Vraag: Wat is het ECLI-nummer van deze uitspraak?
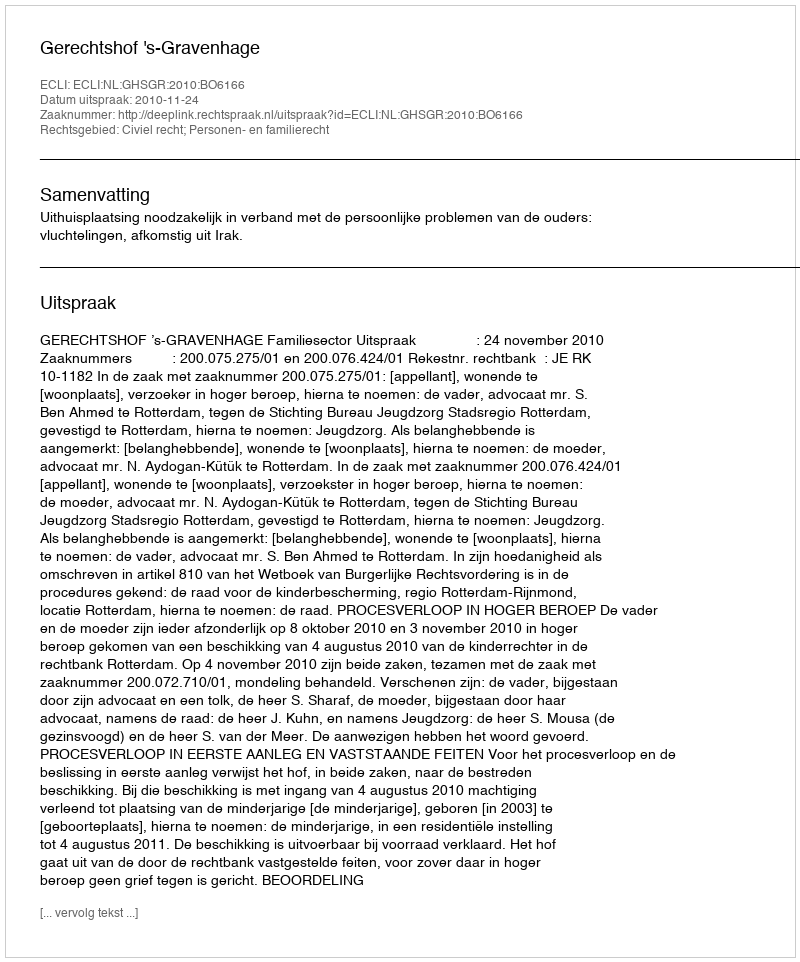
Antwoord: ECLI:NL:GHSGR:2010:BO6166